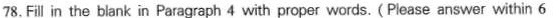
78.Fll in the blank in Paragraph 4 with proper words. (Please answer within 6